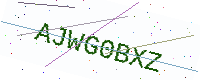
Text: AJWG0BXZ